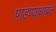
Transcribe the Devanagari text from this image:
पाडण्याबाबत